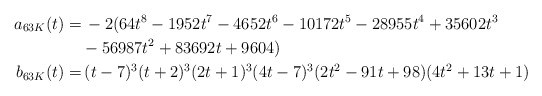
\begin{align*}a_{63K}(t)=& \, -2(64 t^8 - 1952 t^7 - 4652 t^6 - 10172 t^5 - 28955 t^4 + 35602 t^3 \\& \mbox{}- 56987 t^2 + 83692 t + 9604) \\b_{63K}(t)=&\, (t - 7)^3 (t + 2)^3 (2 t + 1)^3 (4 t - 7)^3 (2 t^2 - 91 t + 98) (4 t^2 + 13 t + 1)\end{align*}